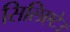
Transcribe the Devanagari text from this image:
सिलिएटेउ